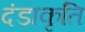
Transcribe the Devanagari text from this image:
दंडाकृति